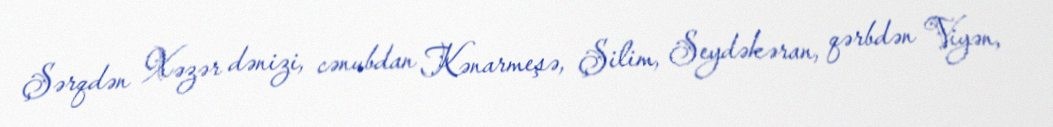
Şərqdən Xəzər dənizi, cənubdan Kənarmeşə, Şilim, Seydəkəran, qərbdən Viyən,